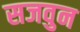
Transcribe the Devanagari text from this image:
सजवुन